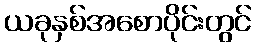
ယခုနှစ်အစောပိုင်းတွင်